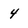
Character: 4